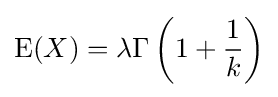
\operatorname {E} (X)=\lambda \Gamma \left(1+{\frac {1}{k}}\right)